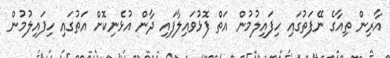
އާރިން ތިއާގެ ނޭފަތުގައި ހިފައިލުމުން އަތް ފޮޅުވައިލާފައި ދާން އުޅެނިކޮށް އަތުގައި ހިފައިލުމުން